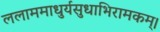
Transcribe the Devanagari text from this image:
ललाममाधुर्यसुधाभिरामकम्।